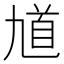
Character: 馗